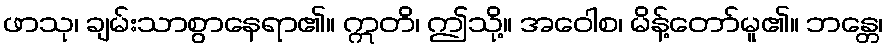
ဖာသု၊ ချမ်းသာစွာနေရာ၏။ ဣတိ၊ ဤသို့။ အဝေါစ၊ မိန့်တော်မူ၏။ ဘန္တေ၊